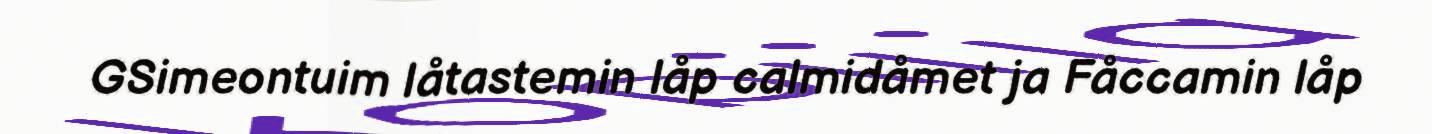
GSimeontuim låtastemin låp calmidåmet ja Fåccamin låp